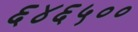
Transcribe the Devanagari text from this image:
६४६५००